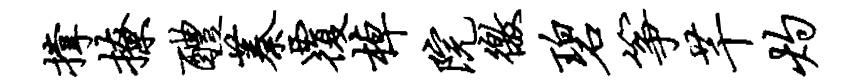
撑撩醴蓁覆棹院徼碧筝芊灼